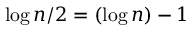
\log n / 2 = ( \log n ) - 1